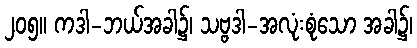
၂၀၅။ ကဒါ-ဘယ်အခါ၌၊ သဗ္ဗဒါ-အလုံးစုံသော အခါ၌၊